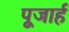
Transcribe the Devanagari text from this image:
पूजार्ह